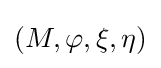
(M,\varphi ,\xi ,\eta )